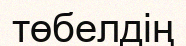
төбелдің